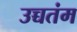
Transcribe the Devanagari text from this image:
उच्चतंम